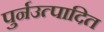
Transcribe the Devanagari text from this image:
पुर्नउत्पादित